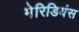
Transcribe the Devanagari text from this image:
मेरिडियंस